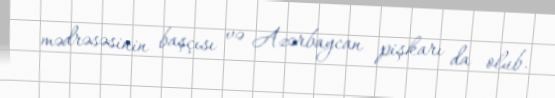
mədrəsəsinin başçısı və Azərbaycan pişkarı da olub.